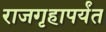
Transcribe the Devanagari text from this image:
राजगृहापर्यंत